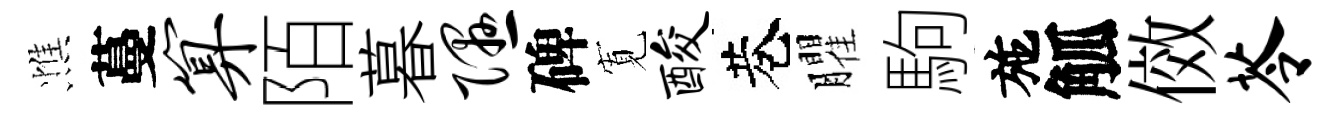
憔蔓算陌暮隰碑𡩖酸巷臞駒施觚傚苓